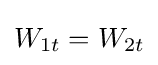
W_{1t}=W_{2t}